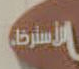
الأسرية